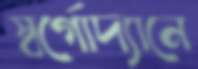
স্বর্গোদ্যানে